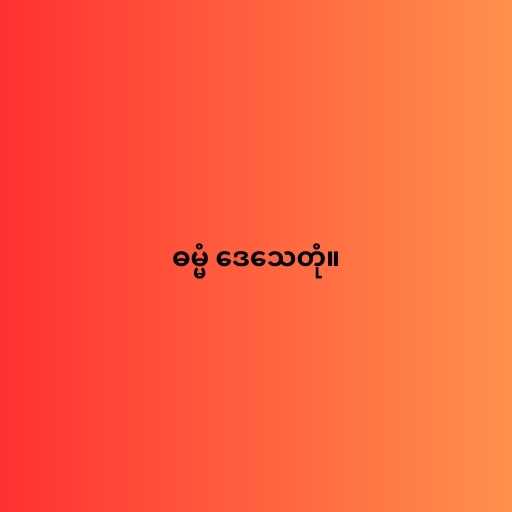
ဓမ္မံ ဒေသေတုံ။